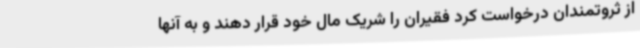
از ثروتمندان درخواست کرد فقیران را شریک مال خود قرار دهند و به آنها